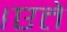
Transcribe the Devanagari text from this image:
।एते